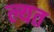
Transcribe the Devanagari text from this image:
ल्यत